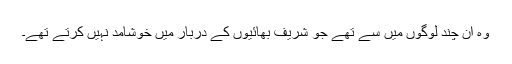
وہ ان چند لوگوں میں سے تھے جو شریف بھائیوں کے دربار میں خوشامد نہیں کرتے تھے۔